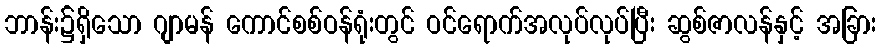
ဘာန်း၌ရှိသော ဂျာမန် ကောင်စစ်ဝန်ရုံးတွင် ဝင်ရောက်အလုပ်လုပ်ပြီး ဆွစ်ဇာလန်နှင့် အခြား